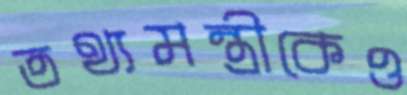
তথ্যমন্ত্রীকেও